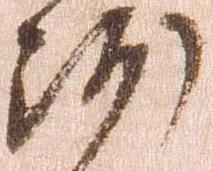
沙